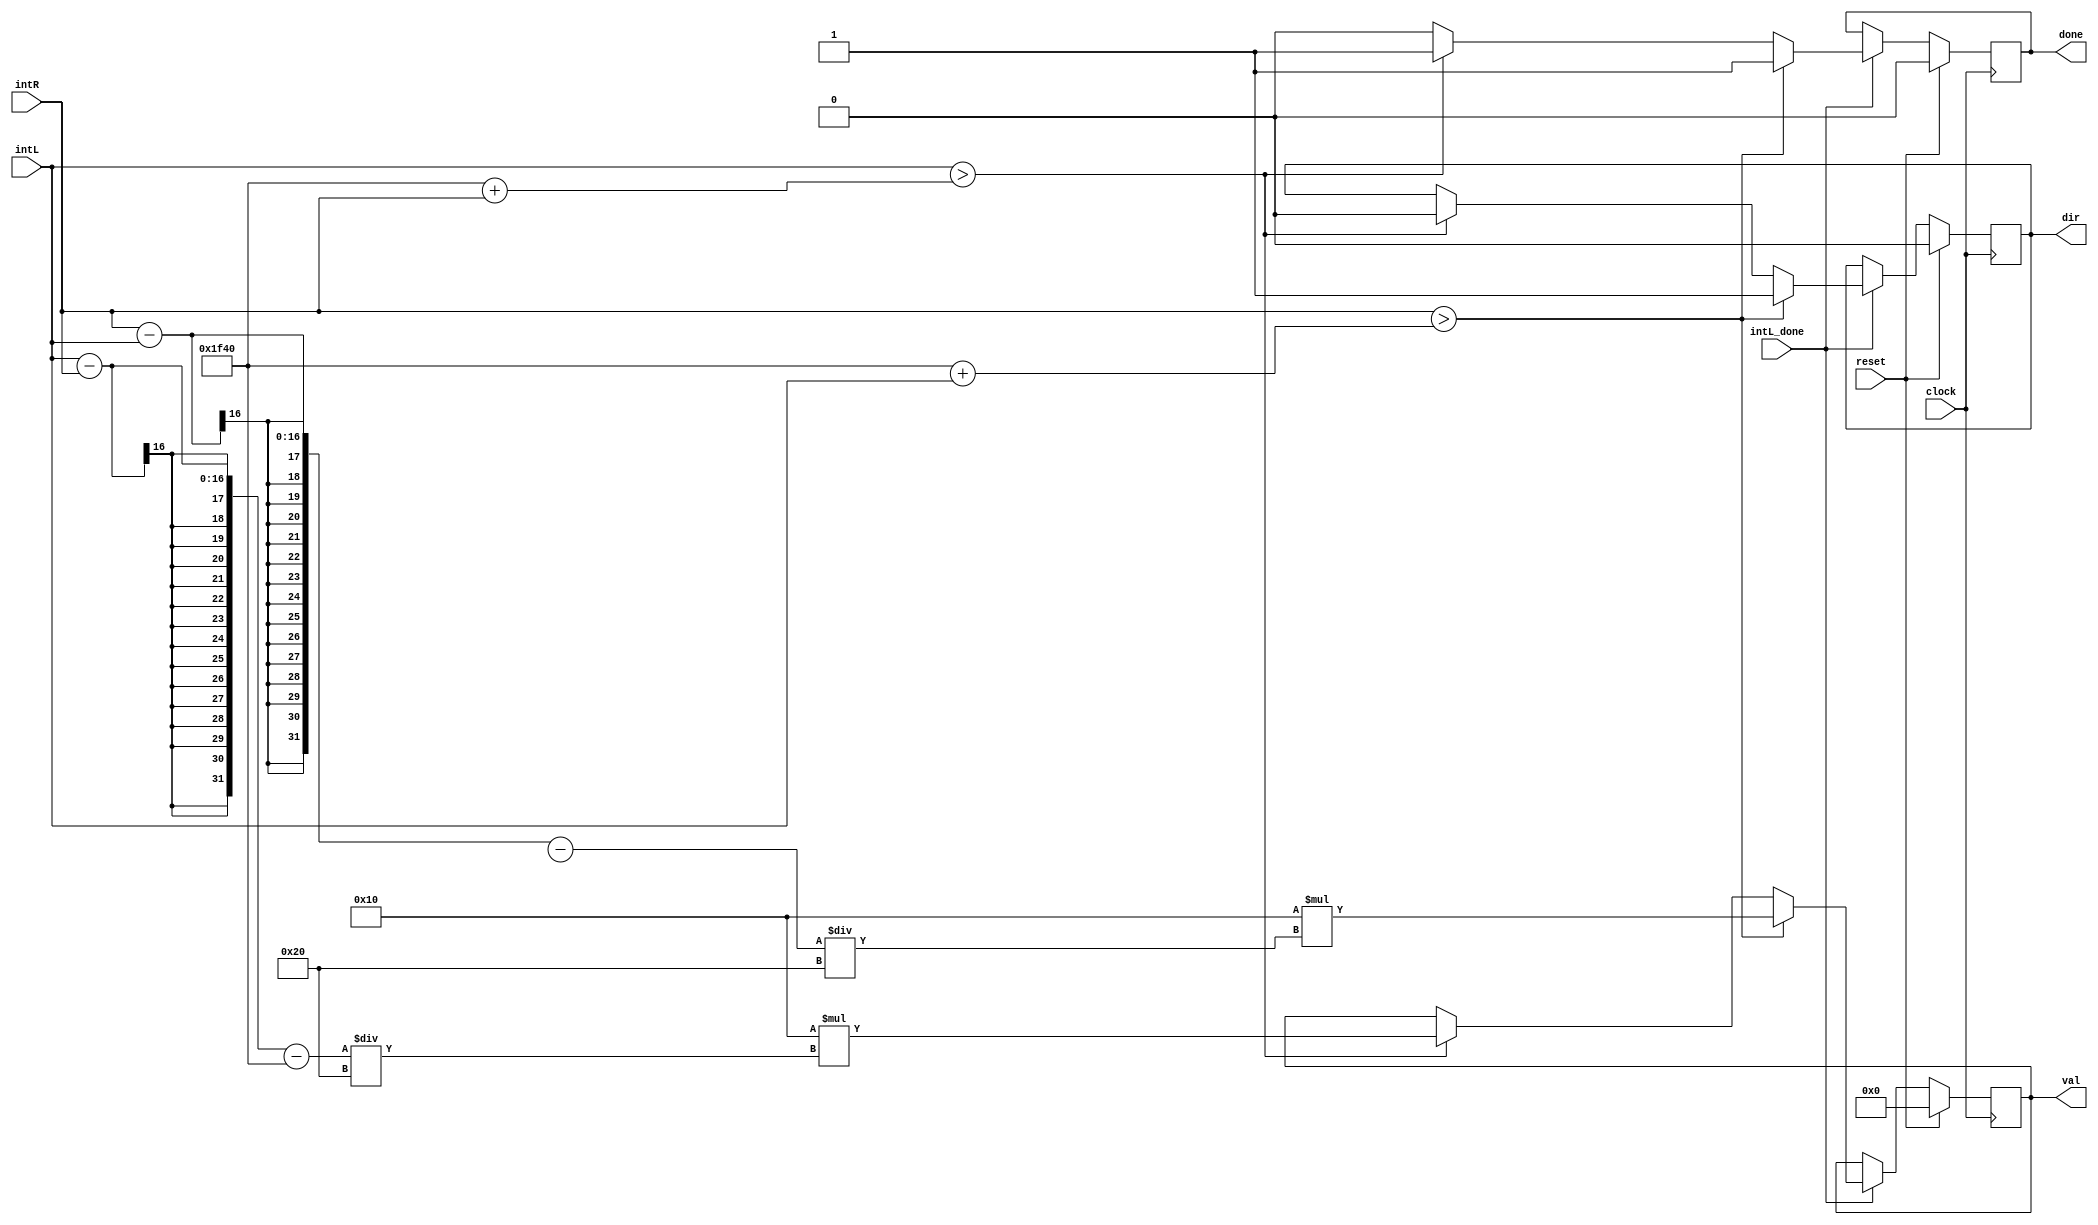
module audio_control(
    input clock,//system clock
    input reset,//system reset
    input [15:0] intL,//integrated data from left mic
    input [15:0] intR,//integrated data from right mic
	 input intL_done,//ready signal from left mic (since sent from other board)
    output dir,//output direction 0 for left, 1 for right
    output [7:0] val,//output value (how many step to turn)
    output done//output done signal
    );

	//registers for outputs
	reg dir_reg, done_reg;
	reg [7:0] val_reg;

	//PARAMETERS
	parameter THRESHOLD = 16'd8000; //threshold difference needs to be for motor to turn
	parameter STEPUNIT = 8'd16; //how large a step should be taken for each unit of amplitude difference


always @ (posedge clock) begin
	if (reset) begin// on reset clear the registers
		dir_reg <= 0;
		val_reg <= 0;
		done_reg <= 0;
	end
	else if(intL_done) begin//when we've gotten data from the left mic
		if(intR > THRESHOLD + intL) begin //if the right mic is louder turn right
			dir_reg <= 1;
			val_reg <= STEPUNIT*((intR-intL-THRESHHOLD)/32);
			done_reg <= 1;
			end
		else if(intL > THRESHOLD + intR) begin// if the left mic is louder turn left
			dir_reg <= 0;
			val_reg <= STEPUNIT*((intL-intR-THRESHOLD)/32);
			done_reg <= 1;
			end
		else done_reg <= 0;
	end

end

//Assign output registers	
assign dir = dir_reg;
assign val = val_reg;
assign done = done_reg;

endmodule